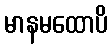
မာနမထောပိ